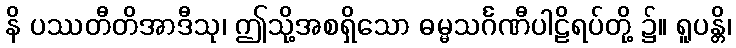
နိ ပဿတီတိအာဒီသု၊ ဤသို့အစရှိသော ဓမ္မသင်္ဂဏီပါဠိရပ်တို့ ၌။ ရူပန္တိ၊